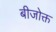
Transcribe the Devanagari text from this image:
बीजोक्त